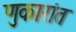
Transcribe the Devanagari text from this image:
णुकारांत